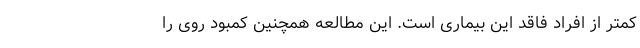
کمتر از افراد فاقد این بیماری است. این مطالعه همچنین کمبود روی را